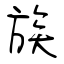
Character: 族